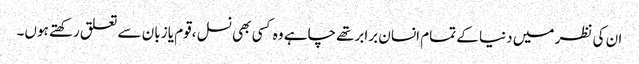
ان کی نظر میں دنیا کے تمام انسان برابرتھے چاہے وہ کسی بھی نسل ،قوم یا زبان سے تعلق رکھتے ہوں۔